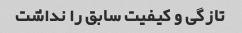
تازگی و کیفیت سابق را نداشت